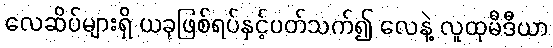
လေဆိပ်များရှိ ယခုဖြစ်ရပ်နှင့်ပတ်သက်၍ လေနဲ့ လူထုမီဒီယာ